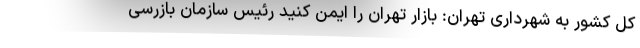
کل کشور به شهرداری تهران: بازار تهران را ایمن کنید رئیس سازمان بازرسی